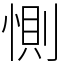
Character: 惻